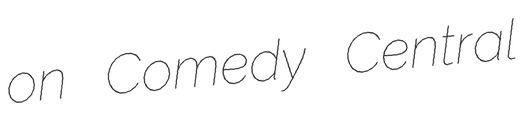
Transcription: on Comedy Central